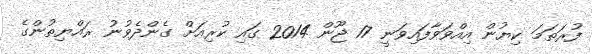
ފުރަތަމަ ކިޔުން އިއްވަވާފައިވަނީ 17 ޖޫން 2014 ގައި ކުރިއަށް ގެންދެވުނު ރައްޔިތުންގެ